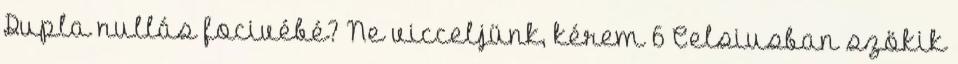
Dupla nullás focivébé? Ne vicceljünk, kérem 6 Celsiusban szökik